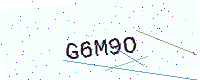
Text: G6M9O